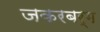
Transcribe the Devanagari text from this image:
जकरबर्ग